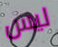
ليس